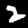
Digit: 2